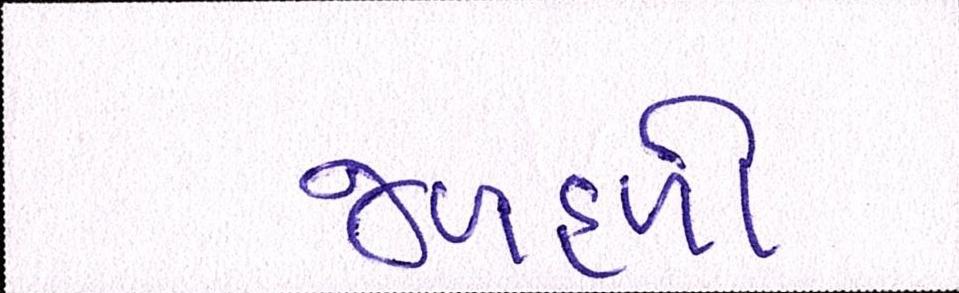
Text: જળહળી